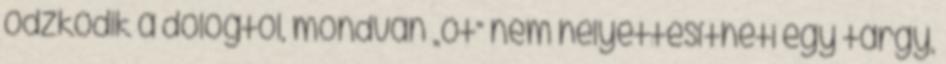
ódzkodik a dologtól, mondván „őt” nem helyettesítheti egy tárgy,